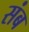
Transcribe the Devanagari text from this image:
संब